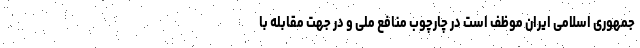
جمهوری اسلامی ایران موظف است در چارچوب منافع ملی و در جهت مقابله با